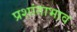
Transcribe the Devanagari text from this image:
प्रशांताभाव